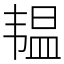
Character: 韫